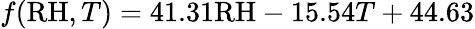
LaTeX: f(\mathrm{RH},T)=41.31\mathrm{RH}-15.54T+44.63